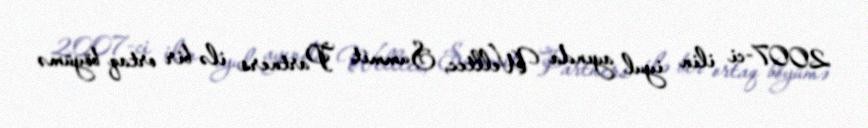
2007-ci ilin iyul ayında Welltec, Summit Partners ilə bir ortaq böyümə